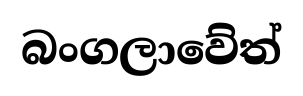
බංගලාවේත්